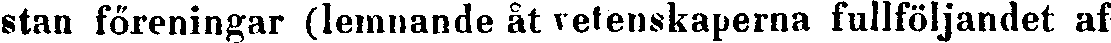
stan föreningar (lemnande åt vetenskaperna fullföljandet af